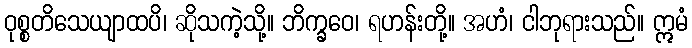
ဝုစ္စတိသေယျာထပိ၊ ဆိုသကဲ့သို့။ ဘိက္ခဝေ၊ ရဟန်းတို့။ အဟံ၊ ငါဘုရားသည်။ ဣမံ